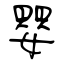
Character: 嬰